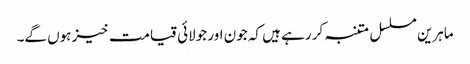
ماہرین مسلسل متنبہ کر رہے ہیں کہ جون اور جولائی قیامت خیز ہوں گے۔